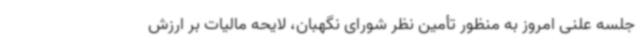
جلسه علنی امروز به منظور تأمین نظر شورای نگهبان، لایحه مالیات بر ارزش